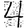
Digit: 4